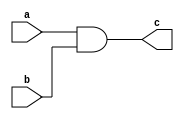
module AND(a,b,c);
input a,b;
output reg c;
always @(a,b)
begin 
c=a&b;
end
endmodule